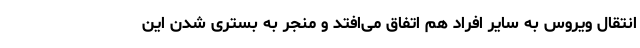
انتقال ویروس به سایر افراد هم اتفاق می‌افتد و منجر به بستری شدن این